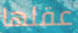
عقلها